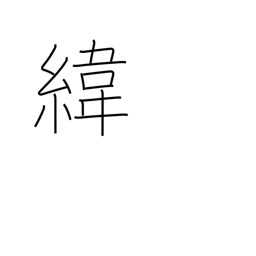
Meaning: (parallels of) latitude